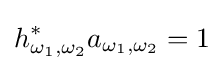
h_{\omega _{1},\omega _{2}}^{*}a_{\omega _{1},\omega _{2}}=1